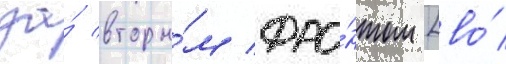
за́ вторы́м фро́нтом [во́